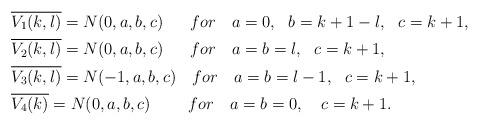
LaTeX: \begin{align*}& \overline{V_1(k,l)}=N(0,a,b,c)\ \ \ \ \ {for}\ \ \ a=0,\ \ b=k+1-l,\ \ c=k+1,\\& \overline{V_2(k,l)}=N(0,a,b,c)\ \ \ \ \ {for}\ \ \ a=b=l,\ \ c=k+1,\\& \overline{V_3(k,l)}=N(-1,a,b,c)\ \ \ {for}\ \ \ a=b=l-1,\ \ c=k+1,\\& \overline{V_4(k)}=N(0,a,b,c)\ \ \ \ \ \ \ {for}\ \ \ a=b=0,\ \ \ c=k+1.\\\end{align*}